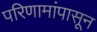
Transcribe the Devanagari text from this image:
परिणामांपासून